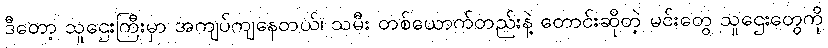
ဒီတော့ သူဌေးကြီးမှာ အကျပ်ကျနေတယ်၊ သမီး တစ်ယောက်တည်းနဲ့ တောင်းဆိုတဲ့ မင်းတွေ သူဌေးတွေကို